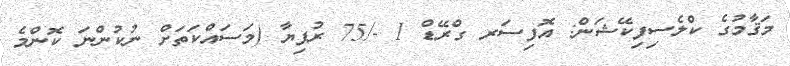
މަޤާމުގެ ކްލެސިފިކޭޝަން: އޮފިސަރ ގްރޭޑް 1 -/75 ރުފިޔާ (މަސައްކަތަށް ނުކުންނަ ކޮންމެ